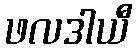
ဖလဒါယီ